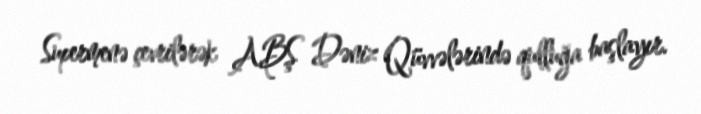
Supermenə çevrilərək ABŞ Dəniz Qüvvələrində qulluğa başlayır.